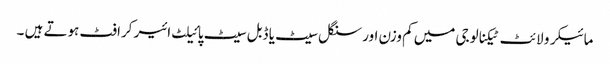
مائیکرو لائٹ ٹیکنالوجی میں کم وزن اور سنگل سیٹ یا ڈبل سیٹ پائیلٹ ائیر کرافٹ ہوتے ہیں ۔